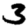
Digit: 3